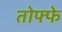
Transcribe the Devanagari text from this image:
तोफ्फे